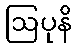
ဩပုနိ